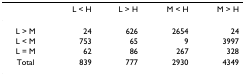
<table><thead><tr><td></td><td><b>L &lt; H</b></td><td><b>L &gt; H</b></td><td><b>M &lt; H</b></td><td><b>M &gt; H</b></td></tr></thead><tbody><tr><td>L &gt; M</td><td>24</td><td>626</td><td>2654</td><td>24</td></tr><tr><td>L &lt; M</td><td>753</td><td>65</td><td>9</td><td>3997</td></tr><tr><td>L = M</td><td>62</td><td>86</td><td>267</td><td>328</td></tr><tr><td>Total</td><td>839</td><td>777</td><td>2930</td><td>4349</td></tr></tbody></table>